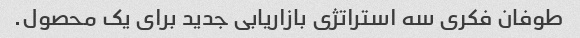
طوفان فکری سه استراتژی بازاریابی جدید برای یک محصول.